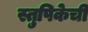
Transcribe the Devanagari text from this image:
स्तुपिकेची